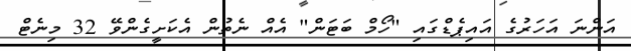
އަންނަ އަހަރުގެ އައިޕެޑްގައި "ހޯމް ބަޓަން" އެއް ނެތުން އެކަށީގެންވޭ 32 މިނެޓް